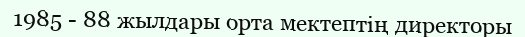
1985 - 88 жылдары орта мектептің директоры